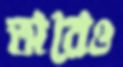
অরেও